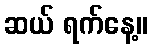
ဆယ် ရက်နေ့။